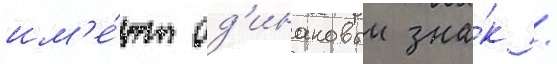
им'е́ют од'инаковыи зна́к /